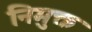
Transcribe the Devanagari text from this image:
निमुक्त